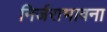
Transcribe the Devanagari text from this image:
निर्जराभावना